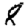
Digit: 8